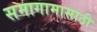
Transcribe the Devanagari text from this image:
समागामासाठी